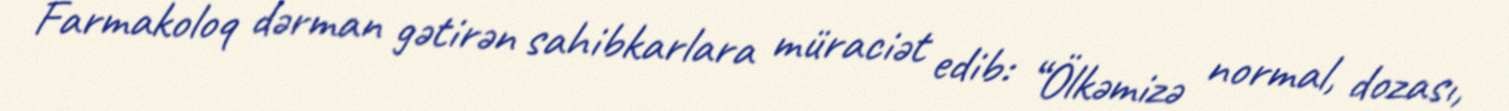
Farmakoloq dərman gətirən sahibkarlara müraciət edib: “Ölkəmizə normal, dozası,